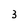
Character: 3